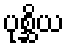
ပုစ္ဆိယ